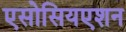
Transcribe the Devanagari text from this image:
एसोसियएशन